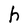
Character: h